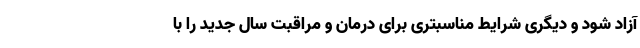
آزاد شود و دیگری شرایط مناسبتری برای درمان و مراقبت سال جدید را با